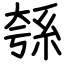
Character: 綔